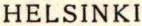
HELSINKI